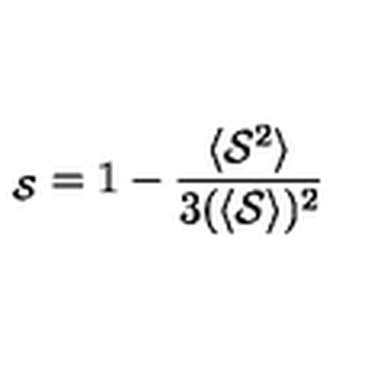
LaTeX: \protectu _ { \cal { S } } = 1 - { \frac { \langle { \cal { S } } ^ { 2 } \rangle } { 3 ( \langle { \cal { S } } \rangle ) ^ { 2 } } }